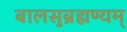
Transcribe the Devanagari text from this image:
बालसुब्रह्मण्यम्